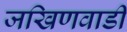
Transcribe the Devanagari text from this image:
जखिणवाडी